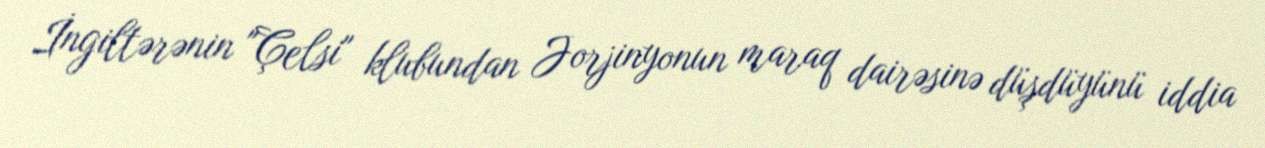
İngiltərənin "Çelsi" klubundan Jorjinyonun maraq dairəsinə düşdüyünü iddia